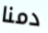
دمنا